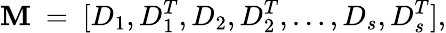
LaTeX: \mathbf{M}\ =\ [D_{1},D_{1}^{T},D_{2},D_{2}^{T},\dots,D_{s},D_{s}^{T}],